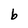
Character: b